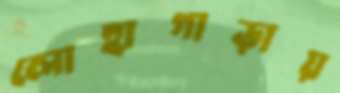
লোহাগাড়ায়